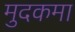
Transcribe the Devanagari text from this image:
मुदकमा